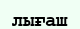
лығаш